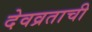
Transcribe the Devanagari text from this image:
देवव्रताची